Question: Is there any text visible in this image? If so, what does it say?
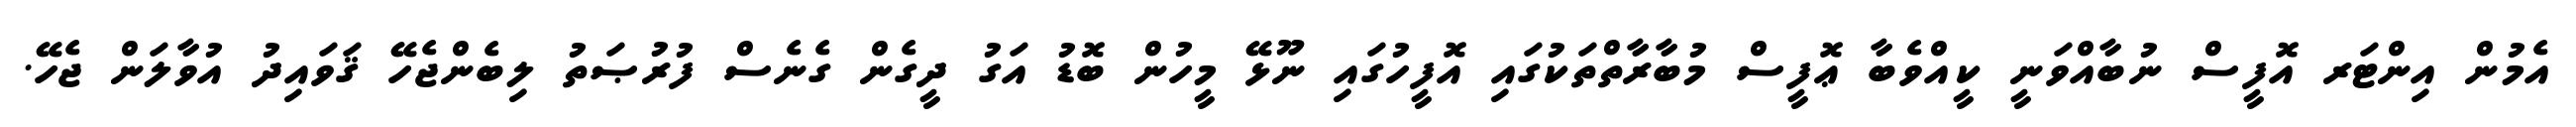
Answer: އެމުން އިންޓަރ އޮފީސް ނުބާއްވަނީ ކީއްވެބާ ޢޮފީސް މުބާރާތްތަކުގައި އޮފީހުގައި ނޫޅޭ މީހުން ބޮޑު އަގު ދީގެން ގެނެސް ފުރުޞަތު ލިބެންޖެހޭ ޤަވައިދު އުވާލަން ޖެހޭ.